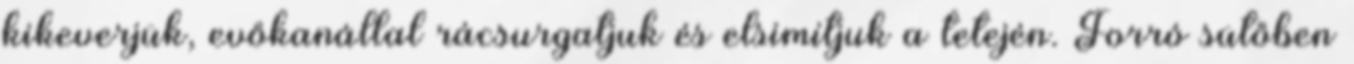
kikeverjük, evőkanállal rácsurgatjuk és elsimítjuk a tetején. Forró sütőben